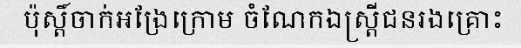
ប៉ុស្តិ៍ចាក់អង្រែក្រោម ចំណែកឯស្ត្រីជនរងគ្រោះ